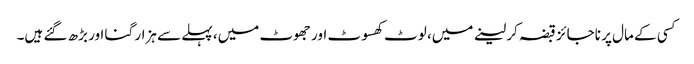
کسی کے مال پر ناجائز قبضہ کر لینے میں، لوٹ کھسوٹ اور جھوٹ میں، پہلے سے ہزار گنا اور بڑھ گئے ہیں۔